Indian journal of veterinary science and animal husbandry - Volumes 26-27, 1956-1957
Year: 1956
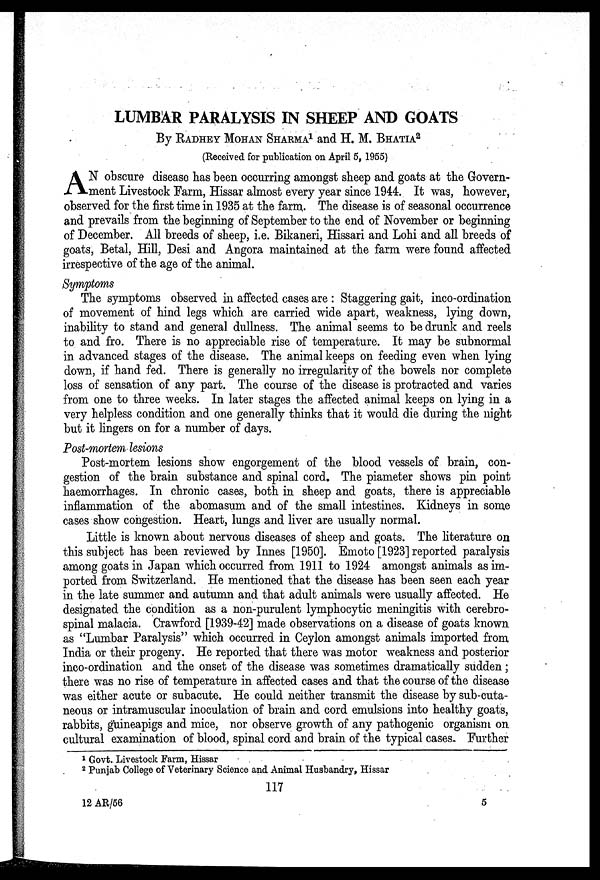
LUMBAR PARALYSIS IN SHEEP AND GOATS
By RADHEY MOHAN SHARMA 1 and H. M. BHATIA 2
(Received for publication on April 5, 1955)
A N obscure disease has been occurring amongst sheep and goats at the Govern-
ment Livestock Farm, Hissar almost every year since 1944. It was, however,
observed for the first time in 1935 at the farm. The disease is of seasonal occurrence
and prevails from the beginning of September to the end of November or beginning
of December. All breeds of sheep, i.e. Bikaneri, Hissari and Lohi and all breeds of
goats, Betal, Hill, Desi and Angora maintained at the farm were found affected
irrespective of the age of the animal.
Symptoms
The symptoms observed in affected cases are : Staggering gait, inco-ordination
of movement of hind legs which are carried wide apart, weakness, lying down,
inability to stand and general dullness. The animal seems to be drunk and reels
to and fro. There is no appreciable rise of temperature. It may be subnormal
in advanced stages of the disease. The animal keeps on feeding even when lying
down, if hand fed. There is generally no irregularity of the bowels nor complete
loss of sensation of any part. The course of the disease is protracted and varies
from one to three weeks. In later stages the affected animal keeps on lying in a
very helpless condition and one generally thinks that it would die during the night
but it lingers on for a number of days.
Post-mortem lesions
Post-mortem lesions show engorgement of the blood vessels of brain, con-
gestion of the brain substance and spinal cord. The piameter shows pin point
haemorrhages. In chronic cases, both in sheep and goats, there is appreciable
inflammation of the abomasum and of the small intestines. Kidneys in some
cases show congestion. Heart, lungs and liver are usually normal.
Little is known about nervous diseases of sheep and goats. The literature on
this subject has been reviewed by Innes [1950]. Emoto [1923] reported paralysis
among goats in Japan which occurred from 1911 to 1924 amongst animals as im-
ported from Switzerland. He mentioned that the disease has been seen each year
in the late summer and autumn and that adult animals were usually affected. He
designated the condition as a non-purulent lymphocytic meningitis with cerebro-
spinal malacia. Crawford [1939-42] made observations on a disease of goats known
as "Lumbar Paralysis" which occurred in Ceylon amongst animals imported from
India or their progeny. He reported that there was motor weakness and posterior
inco-ordination and the onset of the disease was sometimes dramatically sudden;
there was no rise of temperature in affected cases and that the course of the disease
was either acute or subacute. He could neither transmit the disease by sub-cuta-
neous or intramuscular inoculation of brain and cord emulsions into healthy goats,
rabbits, guineapigs and mice, nor observe growth of any pathogenic organism on
cultural examination of blood, spinal cord and brain of the typical cases. Further
1 Govt. Livestock Farm, Hissar
2 Punjab College of Veterinary Science and Animal Husbandry, Hissar
117
12 AR/56
5